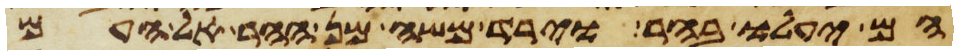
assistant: הם יעלו בהר וירד משה מן ההר אל העם